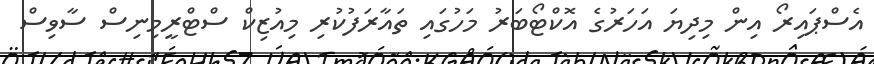
އެސްޕައިރޯ އިން މިދިޔަ އަހަރުގެ އޮކްޓޯބަރު މަހުގައި ތައާރަފުކުރި މިއުޒިކް ސްޓްރީމިނިސް ސާވިސް